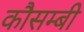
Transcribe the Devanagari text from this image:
कौसम्बी